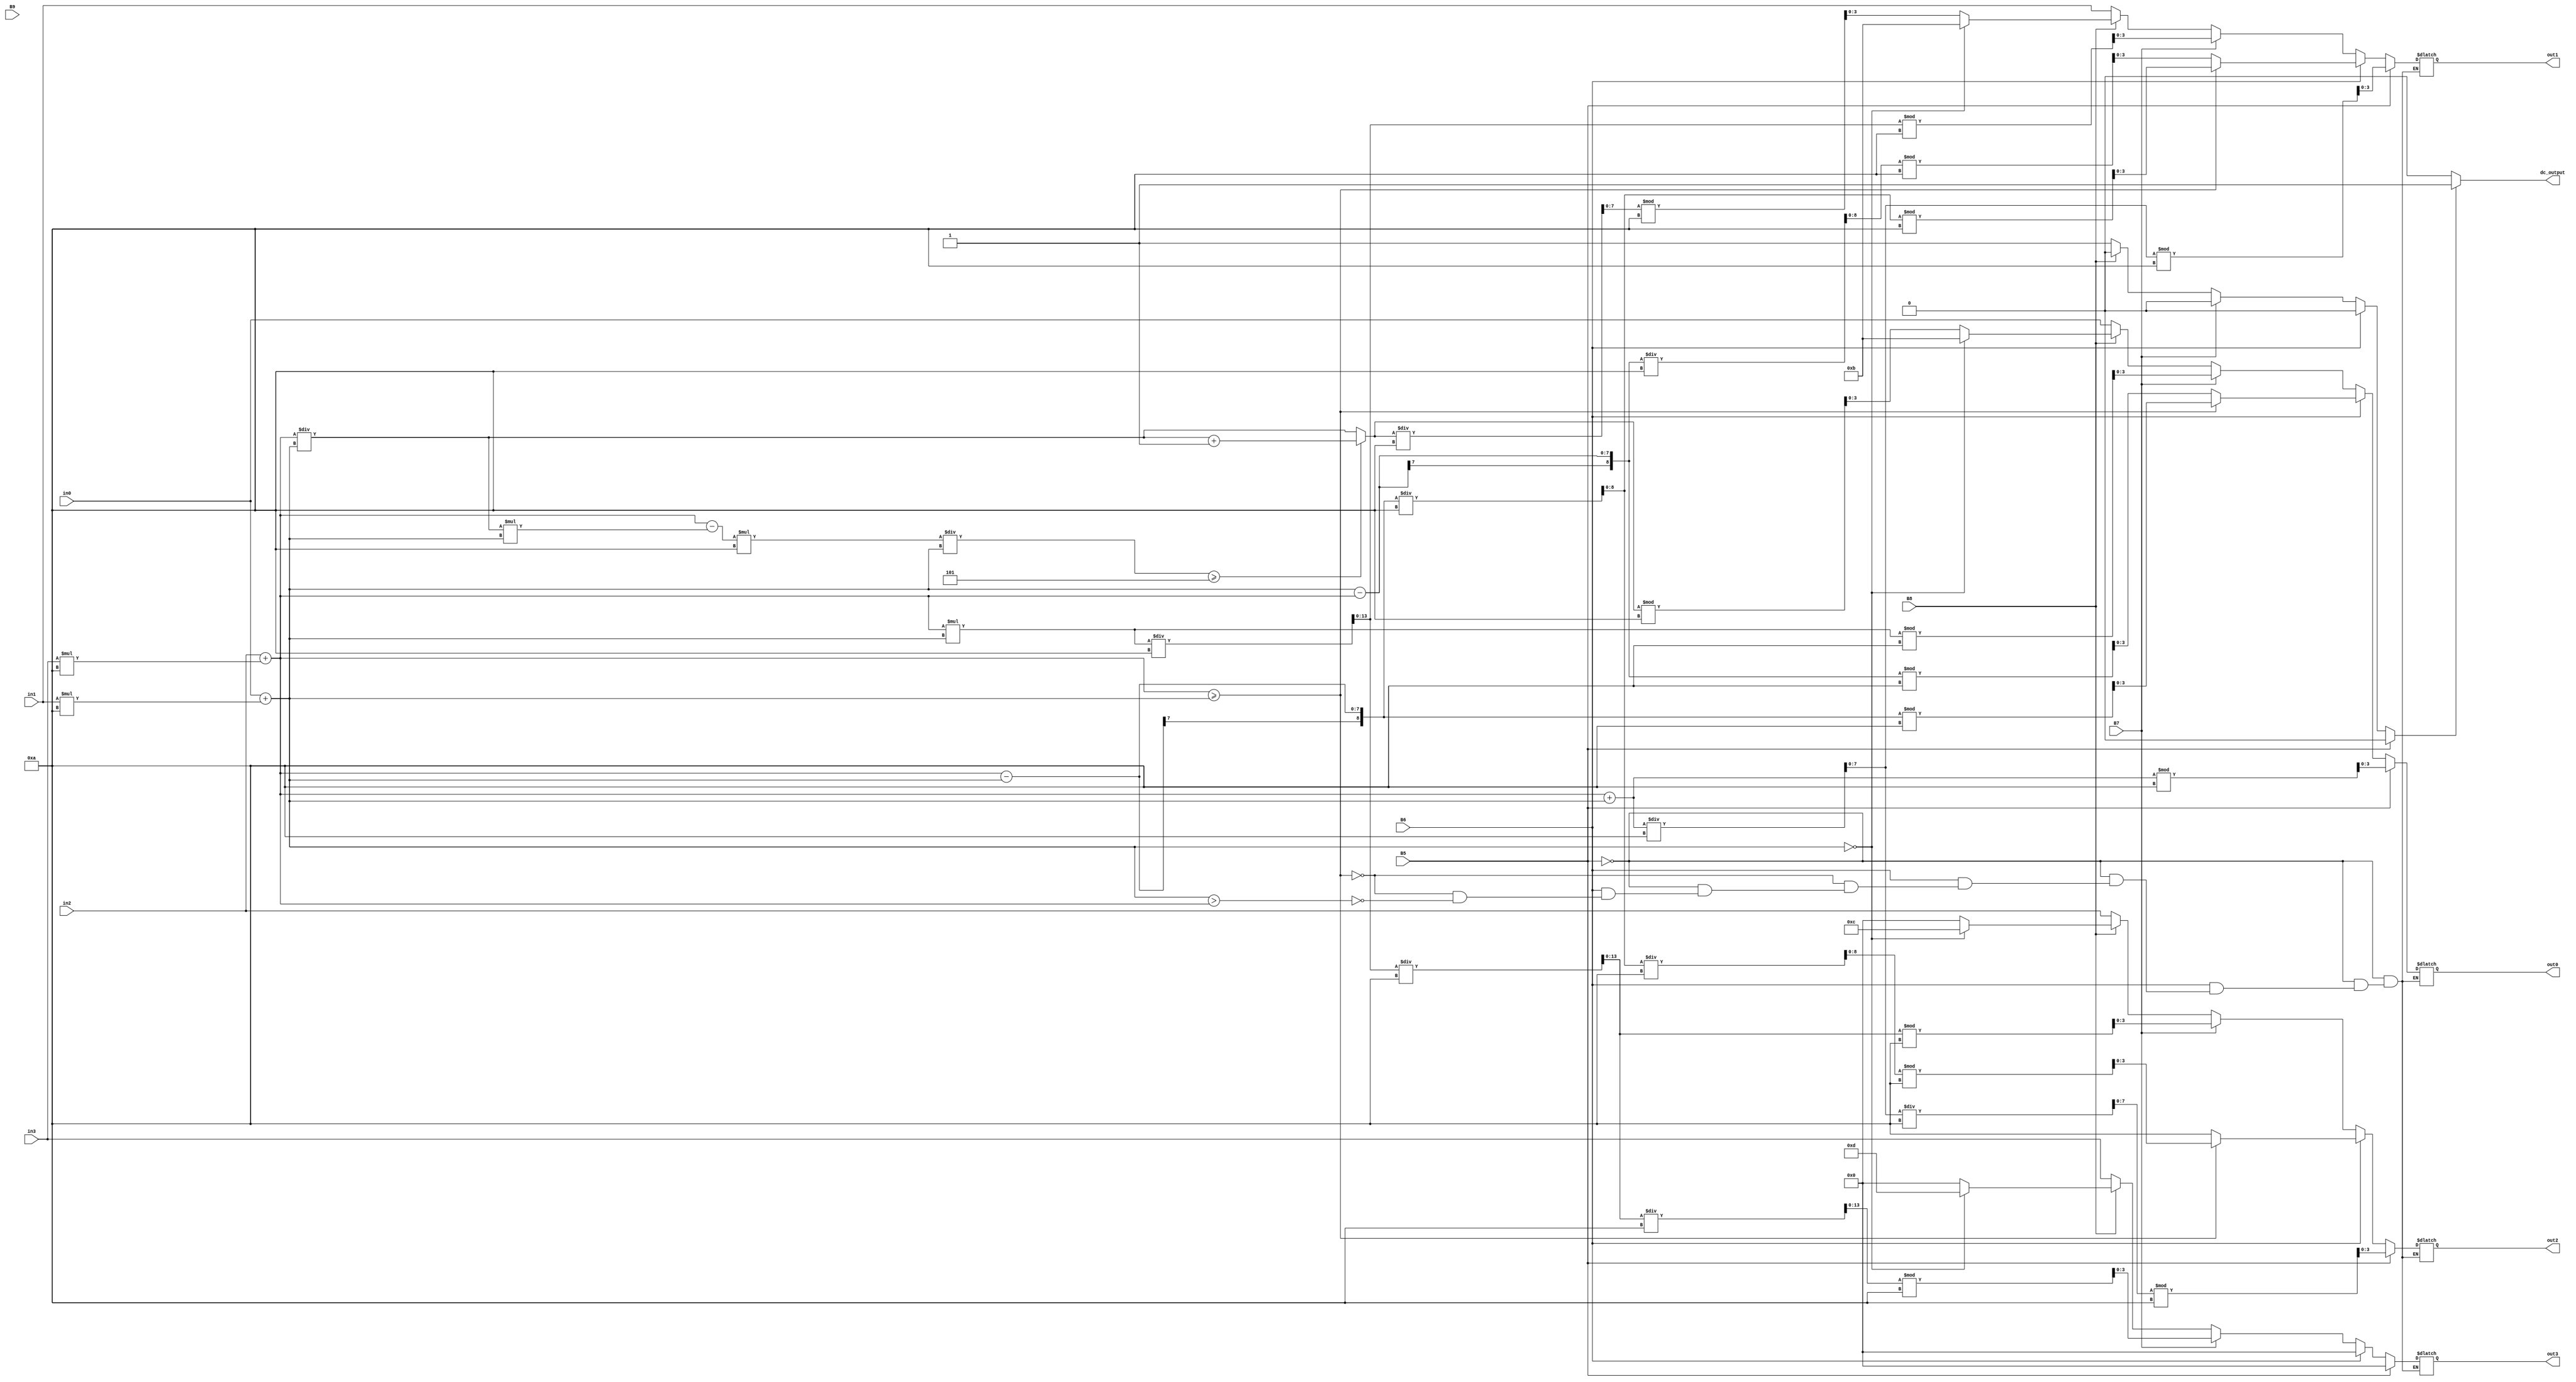
`timescale 1ns / 1ps
//////////////////////////////////////////////////////////////////////////////////
// Company: 
// Engineer: 
// 
// Design Name: 
// Module Name: operationsFileOnly
// Project Name: 
// Target Devices: 
// Tool Versions: 
// Description: 
// 
// Dependencies: 
// 
// Revision:
// Revision 0.01 - File Created
// Additional Comments:
// 
//////////////////////////////////////////////////////////////////////////////////


module operationsFileOnly(in0, in1, in2, in3, B5, B6, B7, B8, B9, out0, out1, out2, out3, dc_output);
input [3:0] in0, in1, in2, in3; //each one represents one digit of the displayed numbers
input B5, B6, B7, B8, B9; 
reg [13:0] outM;
reg [7:0] outA, outD; // the 4 digits output
reg [8:0] outS;
reg dc_operations;
output reg [3:0] out0, out1, out2, out3;
output reg dc_output ; // each digit of the output is given to each one for the display 
 reg [3:0] negSign;
reg [6:0] n1, n2, rem;
//integer choice; //for which B to click 
//wire [6:0] bcd0, bcd1, bcd2, bcd3; //connect each bcd to the correct place in the constraint file
//BCD(out0, bcd0);
//BCD(out1, bcd1);
//BCD(out2, bcd2);
//BCD(out3, bcd3);
always @ (*)begin
    dc_operations = 1;
    if (B5) begin //B5
    dc_operations = 0;
      n1 = in2 + (in3 * 10); //1st no.
      n2 = in0 + (in1 * 10); //2nd no.
      outA= (n1+n2); 
      out0 = outA % 10;
      outA = outA / 10;
      out1 = outA % 10;
      outA = outA / 10;
      out2 = outA % 10;
      out3 = 0;
      end 
    else if (B6) begin //B6
        dc_operations = 0;
            n1 = in2 + (in3 * 10); //1st no.
              n2 = in0 + (in1 * 10); //2nd no.
              
              if(n1 >= n2) begin
              outS= n1-n2;
              out0 = outS % 10;
              outS = outS / 10;
              out1 = outS % 10;
              outS = outS / 10;
              out2 = outS % 10;
              out3 = 0;
            end
              else if (n2 > n1) begin
            outS = n2 - n1;
            negSign = 10;
              out0 = outS % 10;
              outS = outS / 10;
              out1 = outS % 10;
              out2 = negSign;
              out3 = 0;
              end
              end
  
   
    else if (B7) begin //B7
        dc_operations=0;

      n1 = in2 + (in3 * 10); //1st no.
      n2 = in0 + (in1 * 10); //2nd no.
      outM = n1 * n2;
      out0 = outM % 10;
      outM = outM / 10;
      out1 = outM % 10;
      outM = outM / 10;
      out2 = outM % 10;
      outM = outM / 10;
      out3 = outM % 10;
    end
    else if (B8) begin //B8
        dc_operations=0;
         n1 = in2 + (in3 * 10); //1st no.
             n2 = in0 + (in1 * 10); //2nd no.
               if(n2 == 0)begin // if n1/0 then the output will show err
                   out0 = 11;
                   out1 = 11;
                   out2 = 12;
                   out3 = 13;
               end
               else begin
               outD = n1 / n2;
               rem = outD * n2;
               rem = n1 - rem;
           rem = rem * 10;
           rem = rem / n2;
               if (rem >= 5) begin
               outD = outD + 1;
               end
               else begin
               outD = outD;
               end
              out0 = outD % 10;
               outD = outD / 10;
               out1 = outD % 10;
               out2 = 0;
               out3 = 0;
               end
              end
    else if(B9) begin // B9 
    
      out0 = in0;
      out1 = in1; 
      out2 = in2;
      out3 = in3;
    end
    else begin
      out0 = in0;
      out1 = in1; 
      out2 = in2;
      out3 = in3;
    end
     if(dc_operations==1) begin
       dc_output = 1;
       end 
       else 
       dc_output = 0; 
    end
   
    
    

    endmodule